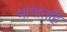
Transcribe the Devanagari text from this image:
भागांतहि